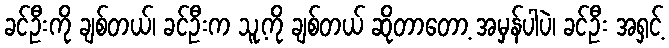
ခင်ဦးကို ချစ်တယ်၊ ခင်ဦးက သူ့ကို ချစ်တယ် ဆိုတာတော့ အမှန်ပါပဲ၊ ခင်ဦး အရှင့်